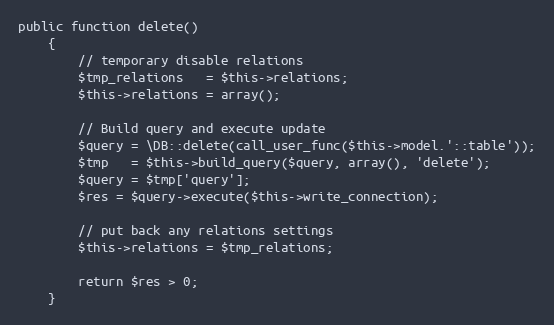
Language: PHP
public function delete()
	{
		// temporary disable relations
		$tmp_relations   = $this->relations;
		$this->relations = array();

		// Build query and execute update
		$query = \DB::delete(call_user_func($this->model.'::table'));
		$tmp   = $this->build_query($query, array(), 'delete');
		$query = $tmp['query'];
		$res = $query->execute($this->write_connection);

		// put back any relations settings
		$this->relations = $tmp_relations;

		return $res > 0;
	}